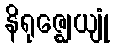
နိရုဇ္ဈေယျုံ